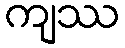
ကျဿ